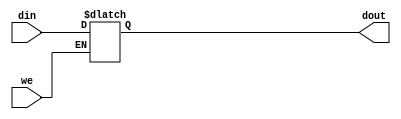
module led (we, din, dout);
    input we;
    input [31:0] din;
    output reg [31:0] dout;

    reg [31:0] dinStart;

    initial begin
        dinStart = 32'h0000_1111;
        dout = 32'h0000_1111;
    end

    always @(*) begin
        if(we) dout = din;
    end
endmodule